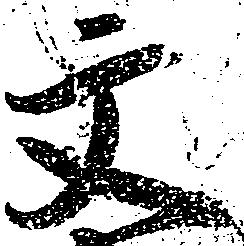
文